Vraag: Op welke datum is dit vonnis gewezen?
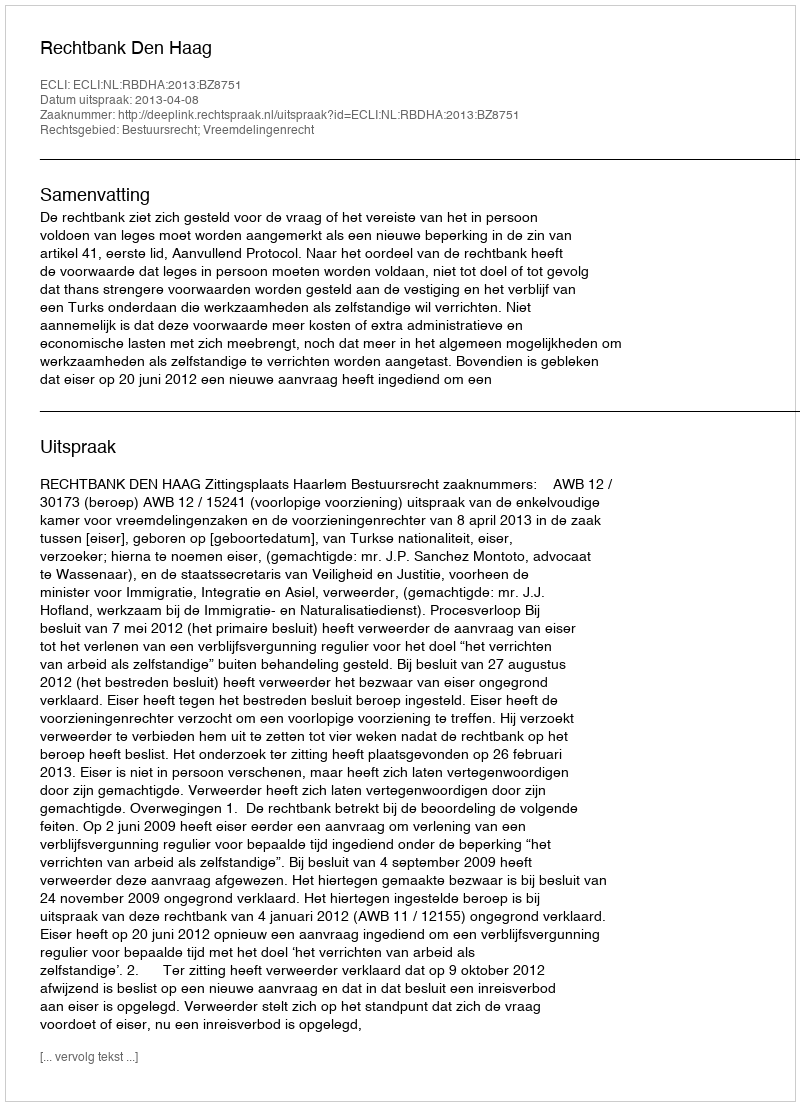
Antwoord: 2013-04-08